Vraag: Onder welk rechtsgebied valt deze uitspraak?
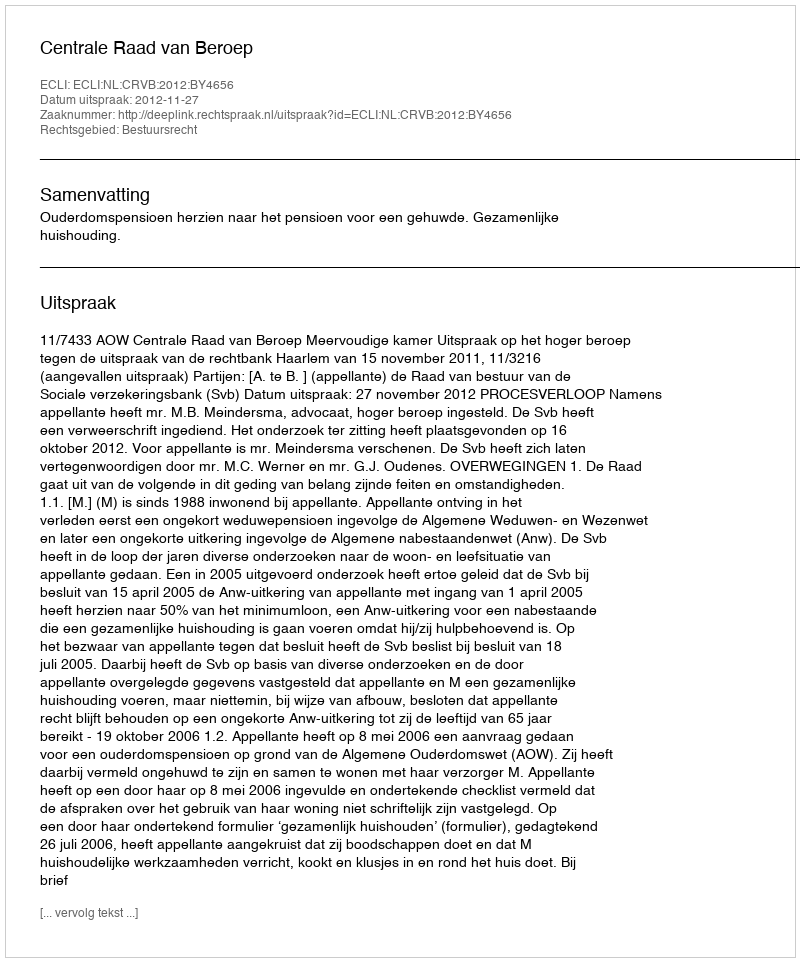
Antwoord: Bestuursrecht